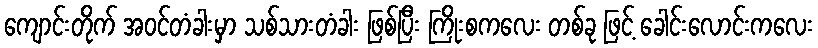
ကျောင်းတိုက် အဝင်တံခါးမှာ သစ်သားတံခါး ဖြစ်ပြီး ကြိုးစကလေး တစ်ခု ဖြင့် ခေါင်းလောင်းကလေး